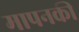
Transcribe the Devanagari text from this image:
मापनकी